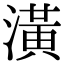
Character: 潢